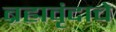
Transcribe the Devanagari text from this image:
ब्रह्मवृंदाचे